Civil Veterinary Dept. North-West Frontier Province 1933-46 - 1933-1946
Year: 1933
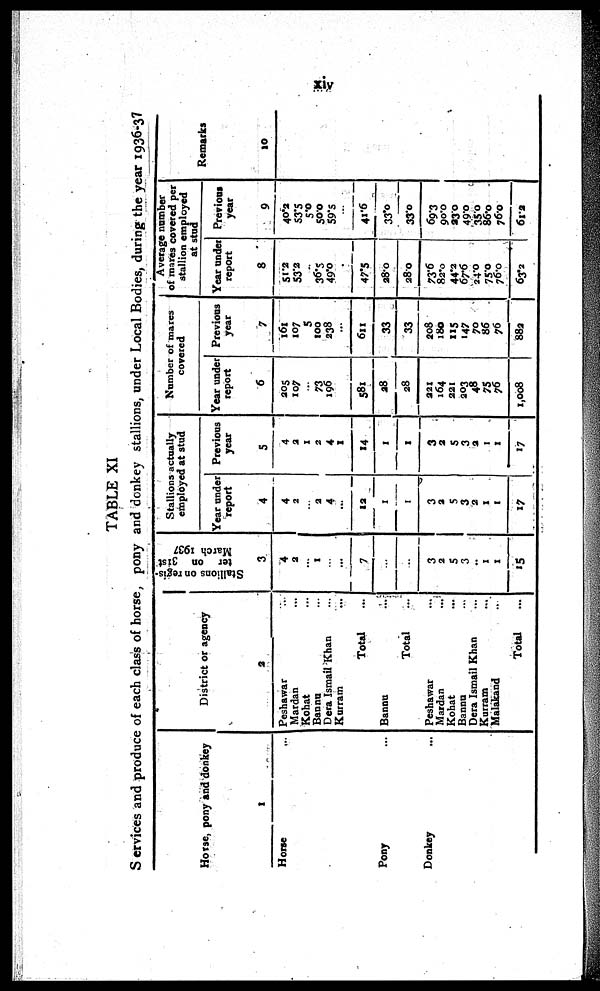
xiv
TABLE XI
Services and produce of each class of horse, pony and donkey stallions, under Local Bodies, during the year 1936-37
Horse, pony and donkey
1
Horse ...
Pony ...
Donkey ...
District or agency
2
Peshawar ...
Mardan ...
Kohat ...
Banna ...
Dera Ismail Khan ...
Kurram ...
Total ...
Bannu ...
Total ...
Peshawar ...
Mardan ...
Kohat ...
Banna ...
Dera Ismail Khan ...
Kurram ...
Malakand ...
Total ...
Stallions on regis-
ter on 31st
March 1937
3
4
2
...
1
...
...
7
...
..
3
2
5
3
...
1
1
15
Stallions actually
employed at stud
Year under
report
4
4
2
...
2
4
...
12
1
1
3
2
5
3
2
1
1
17
Previous
year
5
4
2
1
2
4
I
14
1
1
3
2
5
3
2
1
1
17
Number of mares
covered
Year under
report
6
205
107
...
73
196
...
581
28
28
221
164
221
203
48
75
76
1,008
Previous
year
7
161
107
5
100
238
...
611
33
33
208
180
115
147
70
86
76
882
Average number
of mares covered per
stallion employed
at stud
Year under
report
8
51.2
53.2
..
36.5
49.0
...
47.5
28.0
28.0
73.6
82.0
44.2
67.6
24.0
75.0
76.0
63.2
Previous
year
9
40.2
53.5
5.0
50.0
59.5
...
41.6
33 0
33.0
69.3
90.0
23.0
49.0
35.0
86.0
76.0
61.2
Remarks
10